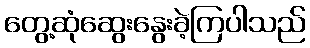
တွေ့ဆုံဆွေးနွေးခဲ့ကြပါသည်